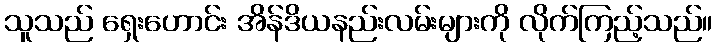
သူသည် ရှေးဟောင်း အိန်ဒိယနည်းလမ်းများကို လိုက်ကြည့်သည်။